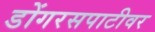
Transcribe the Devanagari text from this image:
डोंगरसपाटीवर